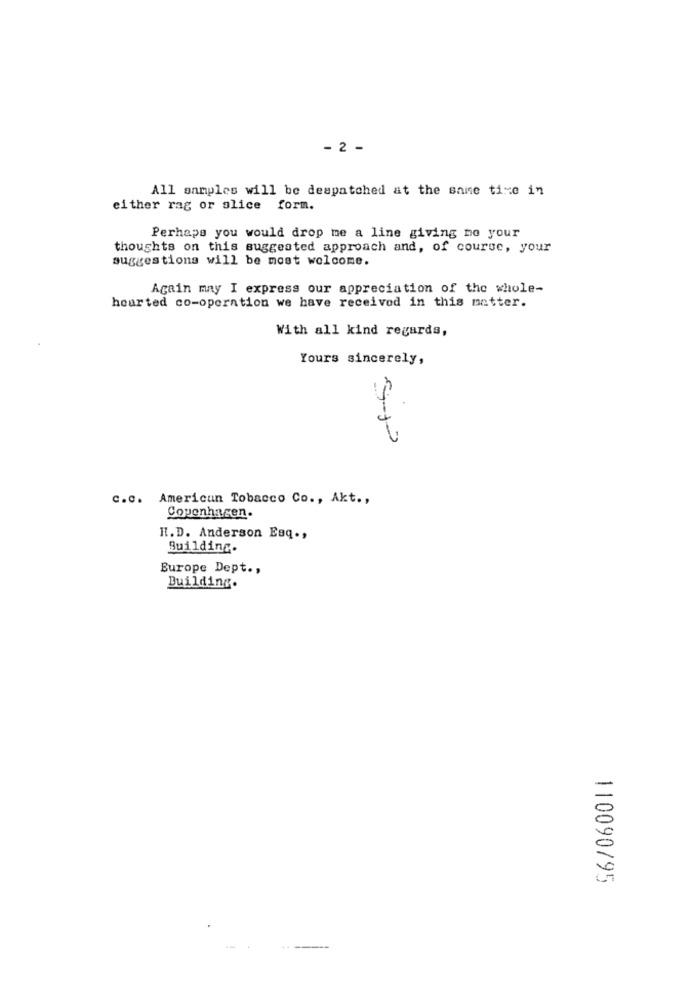
- 2 -
All samples will be despatched at the same time in
either rag or alice form.
Perhaps you would drop me a line giving mo your
thoughts on this suggested approach and, of course, your
suggestions will be most welcome.
Again may I express our appreciation of the whole-
hearted co-operation we have received in this matter.
With all kind regards,
Yours sincerely,
C.C. American Tobacco Co ., Akt .,
Copenhagen.
H.D. Anderson Esq .,
Building.
Europe Dept .,
Building.
110090795